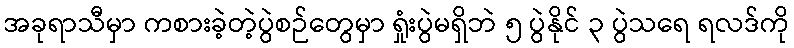
အခုရာသီမှာ ကစားခဲ့တဲ့ပွဲစဉ်တွေမှာ ရှုံးပွဲမရှိဘဲ ၅ ပွဲနိုင် ၃ ပွဲသရေ ရလဒ်ကို